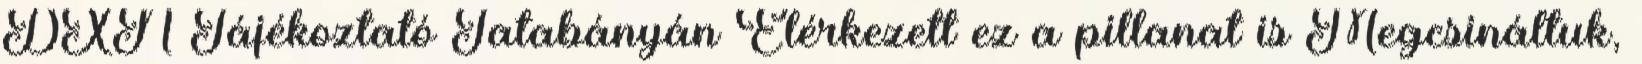
DXN Tájékoztató Tatabányán Elérkezett ez a pillanat is Megcsináltuk,